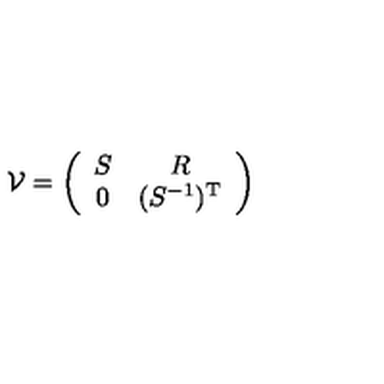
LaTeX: { \cal { V } } = \left( \begin{array} { c c } { S } & { R } \\ { 0 } & { ( S ^ { - 1 } ) ^ { \mathrm { T } } } \\ \end{array} \right)